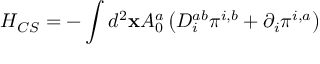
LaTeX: H _ { C S } = - \int d ^ { 2 } { \bf x } A _ { 0 } ^ { a } \left( D _ { i } ^ { a b } \pi ^ { i , b } + \partial _ { i } \pi ^ { i , a } \right)